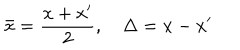
\bar { x } = { \frac { x + x ^ { \prime } } { 2 } } , \quad \Delta = x - x ^ { \prime }